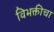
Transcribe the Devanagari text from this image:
विभक्तीचा